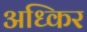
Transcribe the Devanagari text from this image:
अध्किर